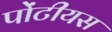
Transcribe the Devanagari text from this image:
पोंटीयस